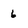
Character: 6